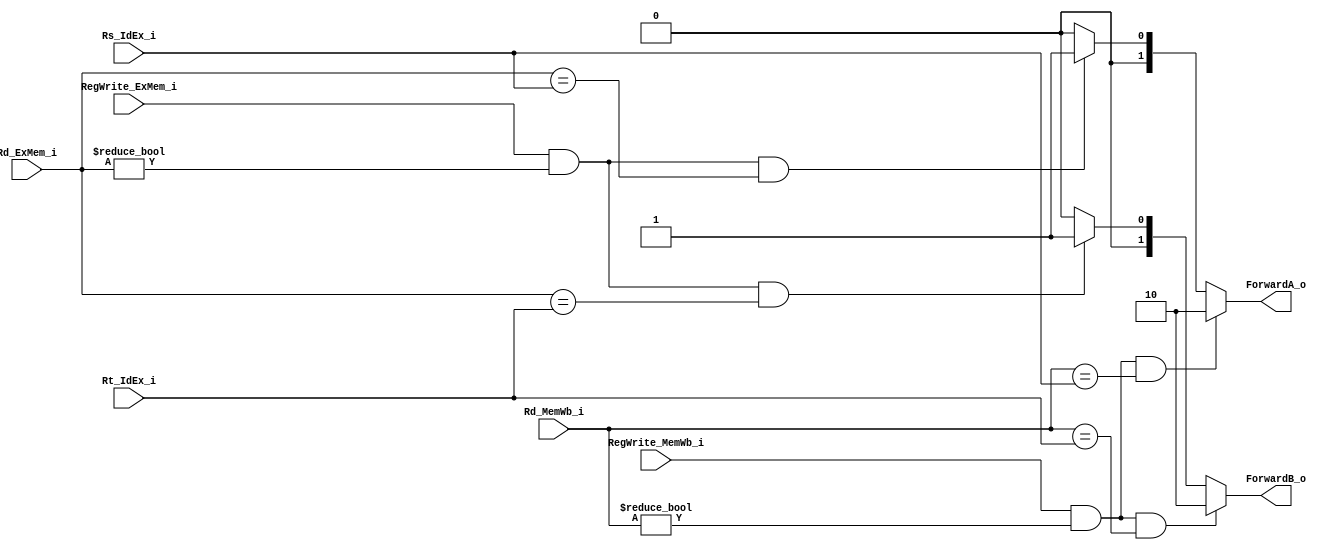
//Subject:     CO project 5 - Forwarding
//--------------------------------------------------------------------------------
//Version:     1
//--------------------------------------------------------------------------------
//Writer:       110550093
//----------------------------------------------
//Date:        
//----------------------------------------------
//Description: 
//--------------------------------------------------------------------------------
`timescale 1ns/1ps
module Forwarding(
    Rs_IdEx_i,
    Rt_IdEx_i,
    Rd_ExMem_i,
    RegWrite_ExMem_i,
    Rd_MemWb_i,
    RegWrite_MemWb_i,
    ForwardA_o,
    ForwardB_o
);

//I/O ports
input  [5-1:0] Rs_IdEx_i;
input  [5-1:0] Rt_IdEx_i;
input  [5-1:0] Rd_ExMem_i;
input          RegWrite_ExMem_i;
input  [5-1:0] Rd_MemWb_i;
input          RegWrite_MemWb_i;

output [2-1:0] ForwardA_o;
output [2-1:0] ForwardB_o;

//Internal Signals
reg    [2-1:0] ForwardA_o;
reg    [2-1:0] ForwardB_o;

//Parameter

//Main function
always @(*) begin
    //ForwardA
    if(RegWrite_MemWb_i && Rd_MemWb_i!=0 && Rd_MemWb_i==Rs_IdEx_i)
        ForwardA_o <= 2'b10;
    else if(RegWrite_ExMem_i && Rd_ExMem_i!=0 && Rd_ExMem_i==Rs_IdEx_i)
        ForwardA_o <= 2'b01;
    else
        ForwardA_o <= 2'b00;

    //ForwardB
    if(RegWrite_MemWb_i && Rd_MemWb_i!=0 && Rd_MemWb_i==Rt_IdEx_i)
        ForwardB_o <= 2'b10;
    else if(RegWrite_ExMem_i && Rd_ExMem_i!=0 && Rd_ExMem_i==Rt_IdEx_i)
        ForwardB_o <= 2'b01;
    else
        ForwardB_o <= 2'b00;
end

endmodule